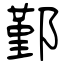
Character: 鄞